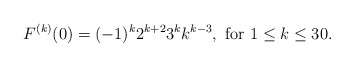
\begin{align*}F^{(k)}(0)=(-1)^k 2^{k+2}3^k k^{k-3},\ \mbox{for}\ 1\leq k\leq 30.\end{align*}